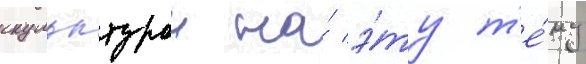
скульптурои на́ э́ту т'е́му